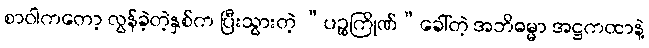
စာဝါကတော့ လွန်ခဲ့တဲ့နှစ်က ပြီးသွားတဲ့ “ပဉ္စကြိုဏ်”ခေါ်တဲ့ အဘိဓမ္မာ အဋ္ဌကထာနဲ့